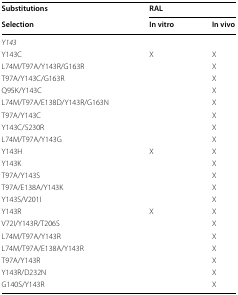
<table><thead><tr><td><b>Substitutions</b></td><td colspan="2"><b>RAL</b></td></tr><tr><td><b>Selection</b></td><td><b>In vitro</b></td><td><b>In vivo</b></td></tr></thead><tbody><tr><td colspan="3"><i>Y143</i></td></tr><tr><td>Y143C</td><td>X</td><td>X</td></tr><tr><td>L74M/T97A/Y143R/G163R</td><td></td><td>X</td></tr><tr><td>T97A/Y143C/G163R</td><td></td><td>X</td></tr><tr><td>Q95K/Y143C</td><td></td><td>X</td></tr><tr><td>L74M/T97A/E138D/Y143R/G163N</td><td></td><td>X</td></tr><tr><td>T97A/Y143C</td><td></td><td>X</td></tr><tr><td>Y143C/S230R</td><td></td><td>X</td></tr><tr><td>L74M/T97A/Y143G</td><td></td><td>X</td></tr><tr><td>Y143H</td><td>X</td><td>X</td></tr><tr><td>Y143K</td><td></td><td>X</td></tr><tr><td>T97A/Y143S</td><td></td><td>X</td></tr><tr><td>T97A/E138A/Y143K</td><td></td><td>X</td></tr><tr><td>Y143S/V201I</td><td></td><td>X</td></tr><tr><td>Y143R</td><td>X</td><td>X</td></tr><tr><td>V72I/Y143R/T206S</td><td></td><td>X</td></tr><tr><td>L74M/T97A/Y143R</td><td></td><td>X</td></tr><tr><td>L74M/T97A/E138A/Y143R</td><td></td><td>X</td></tr><tr><td>T97A/Y143R</td><td></td><td>X</td></tr><tr><td>Y143R/D232N</td><td></td><td>X</td></tr><tr><td>G140S/Y143R</td><td></td><td>X</td></tr></tbody></table>